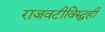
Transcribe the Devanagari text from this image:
राजवटीविरुद्धही